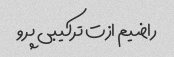
راضیم ازت ترکیبی پرو